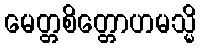
မေတ္တစိတ္တောဟမသ္မိ